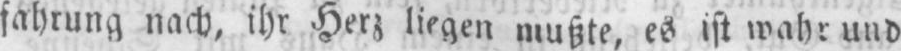
fahrung nach, ihr Herz liege mußte, es ist wahr und